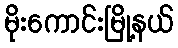
မိုးကောင်းမြို့နယ်